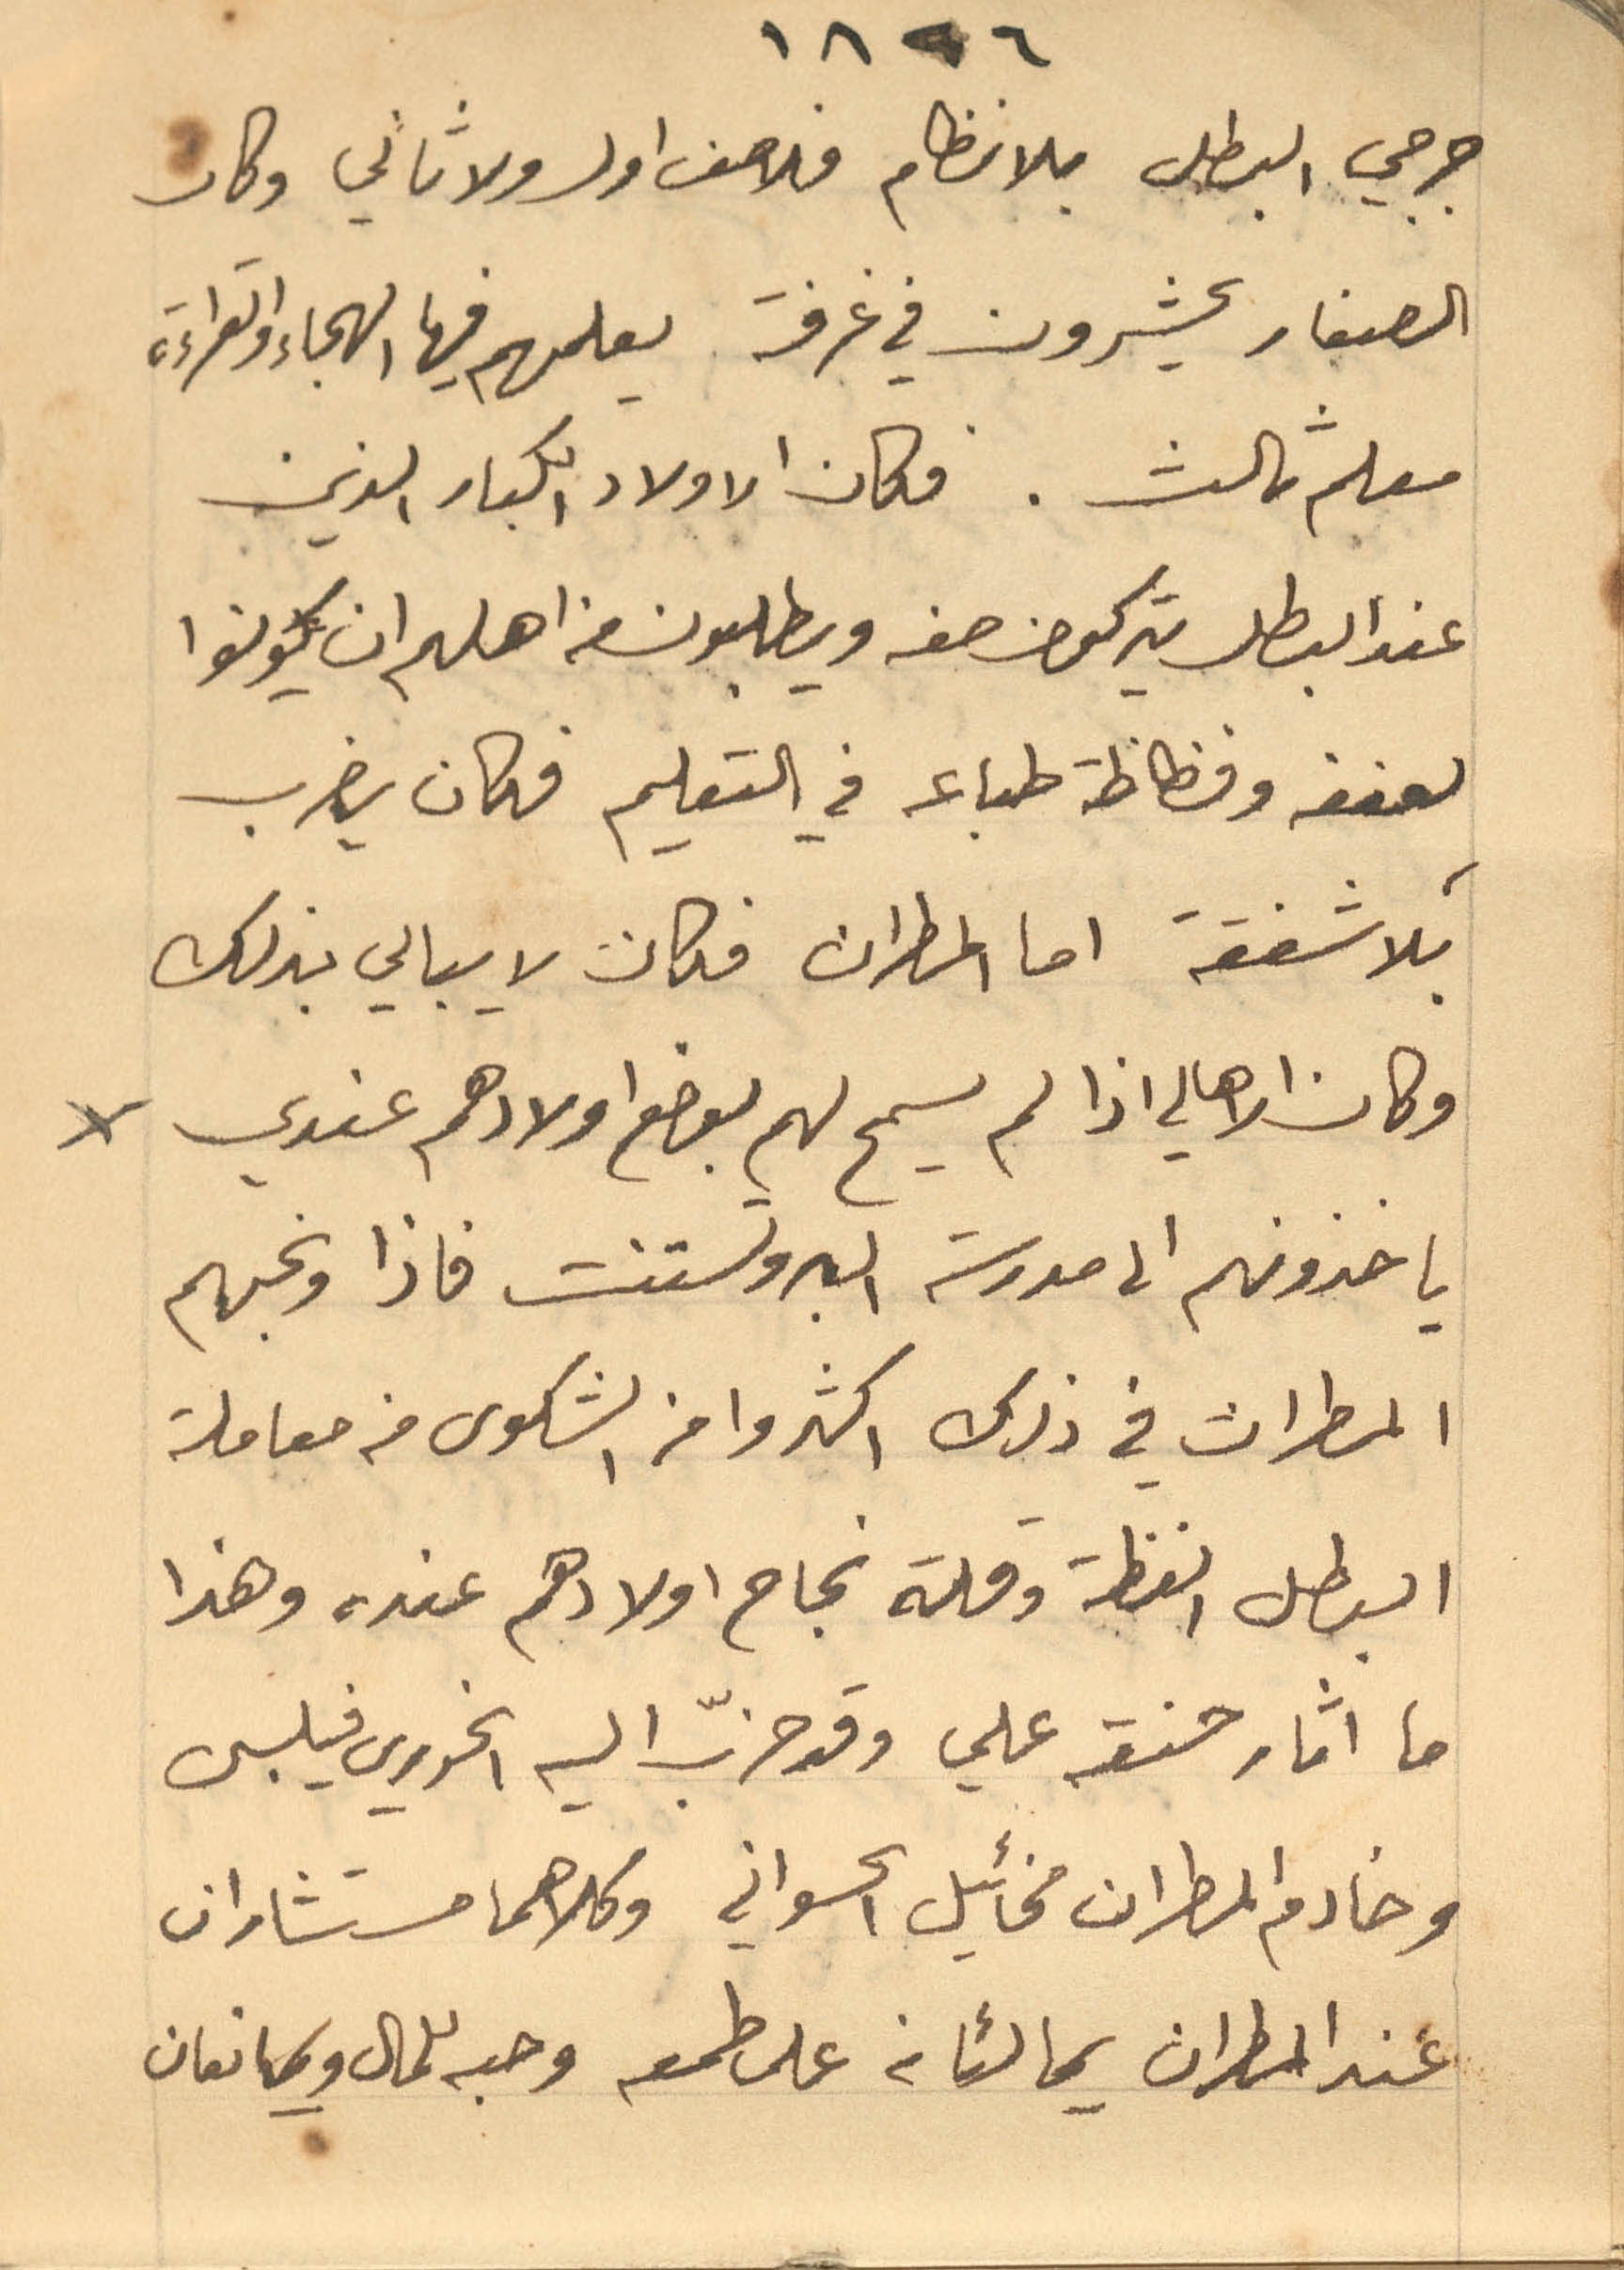
1896
جرجي البطل بلا نظام فلا صف اول ولا ثاني وكان
الصغار يحشرون في غرفة يعلمهم فيها الهجاء والقراءة
معلم ثالث. وكان الاولاد الكبار الذين
عند البطل يتركون صفه ويطلبون من اهلهم ان يكونوا
لِعنفه وفظاظة طباعه في التعليم فكان يضرب
بلا شفقة اما المطران فكان لا يبالي بذلك
وكان الاهالي اذا لم يسمح لهم بوضع اولادهم عندي
ياخذونهم الى مدرسة البروتستنت فاذا وبخهم
المطران في ذلك اكثروا من الشكوى من معاملة
البطل الفظة وقلة نجاح اولادهم عنده وهذا
ما اثار حنقه علي وقد حزّب اليه الخوري فيلبس
وخادم المطران مخائيل الحسواني وكلاهما مستشاران
عند المطران يمالئانه على طمعه وحبه للمال ويمانعان